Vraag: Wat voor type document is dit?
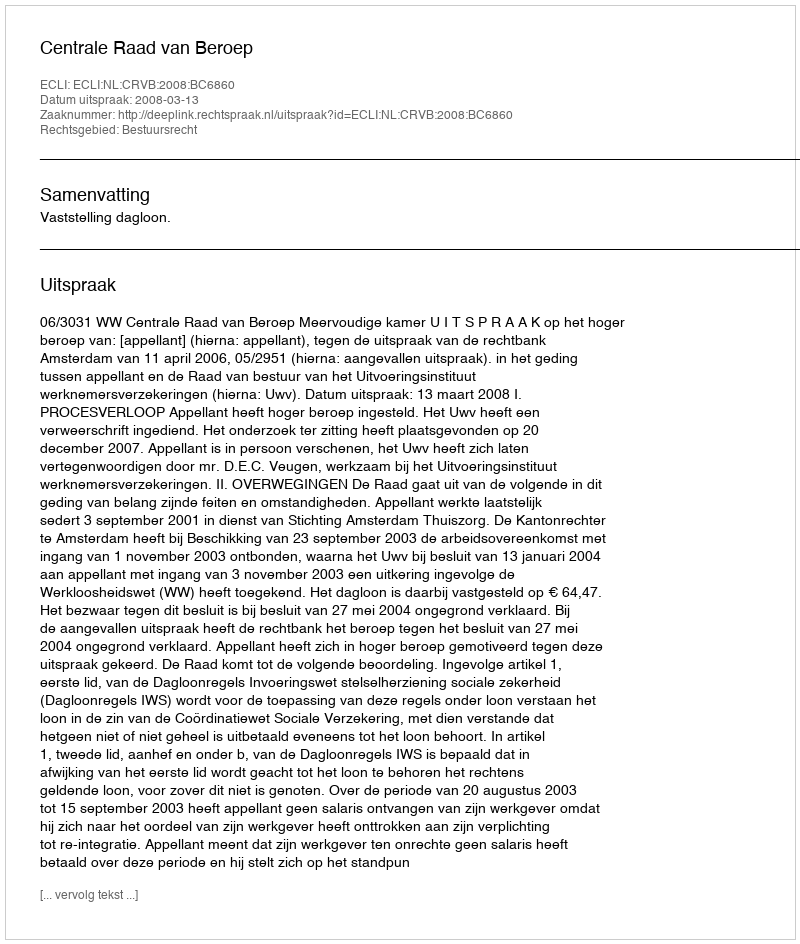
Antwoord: Uitspraak